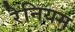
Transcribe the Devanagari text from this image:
रेनियम